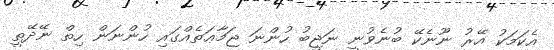
އެކަމަކު އޭރު ނޫނެކޭ ބުނެވުނީ ނަޖީބު ހުންނަ ޖަމާޢަތެއްގައި ހުންނަން ހިތް ނޭދޭތީ